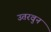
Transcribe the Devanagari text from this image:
उतरवुन